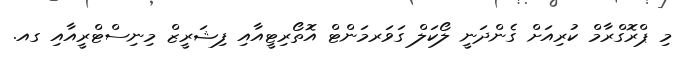
މި ޕްރޮގްރާމް ކުރިއަށް ގެންދަނީ ލޯކަލް ގަވަރމަންޓް އޮތޯރިޓީއާއި ފިޝަރީޒް މިނިސްޓްރީއާއި ގއ.